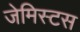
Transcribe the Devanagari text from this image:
जेमिस्टस